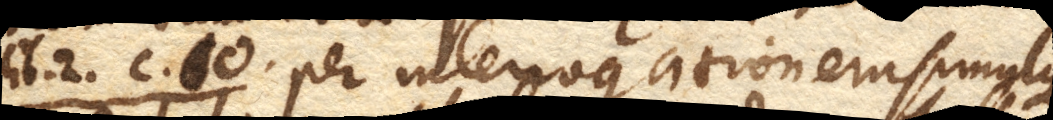
Lib. 2. c. 10. per interrogationem simulque